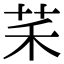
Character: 䒩